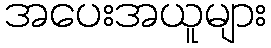
အပေးအယူများ